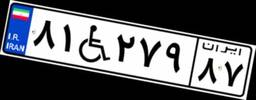
۸۱W۲۷۹۸۷